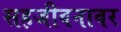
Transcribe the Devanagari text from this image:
सहजीवनावर